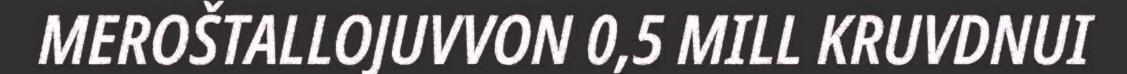
MEROŠTALLOJUVVON 0,5 MILL KRUVDNUI